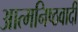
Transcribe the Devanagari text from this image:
आत्मनिष्ठवादी